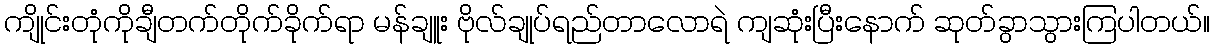
ကျိုင်းတုံကိုချီတက်တိုက်ခိုက်ရာ မန်ချူး ဗိုလ်ချုပ်ရည်တာလောရဲ ကျဆုံးပြီးနောက် ဆုတ်ခွာသွားကြပါတယ်။